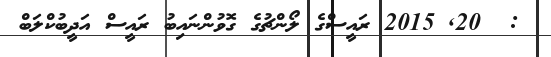
:  20